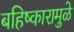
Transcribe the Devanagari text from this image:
बहिष्कारामुळे